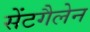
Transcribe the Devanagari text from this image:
सेंटगैलेन